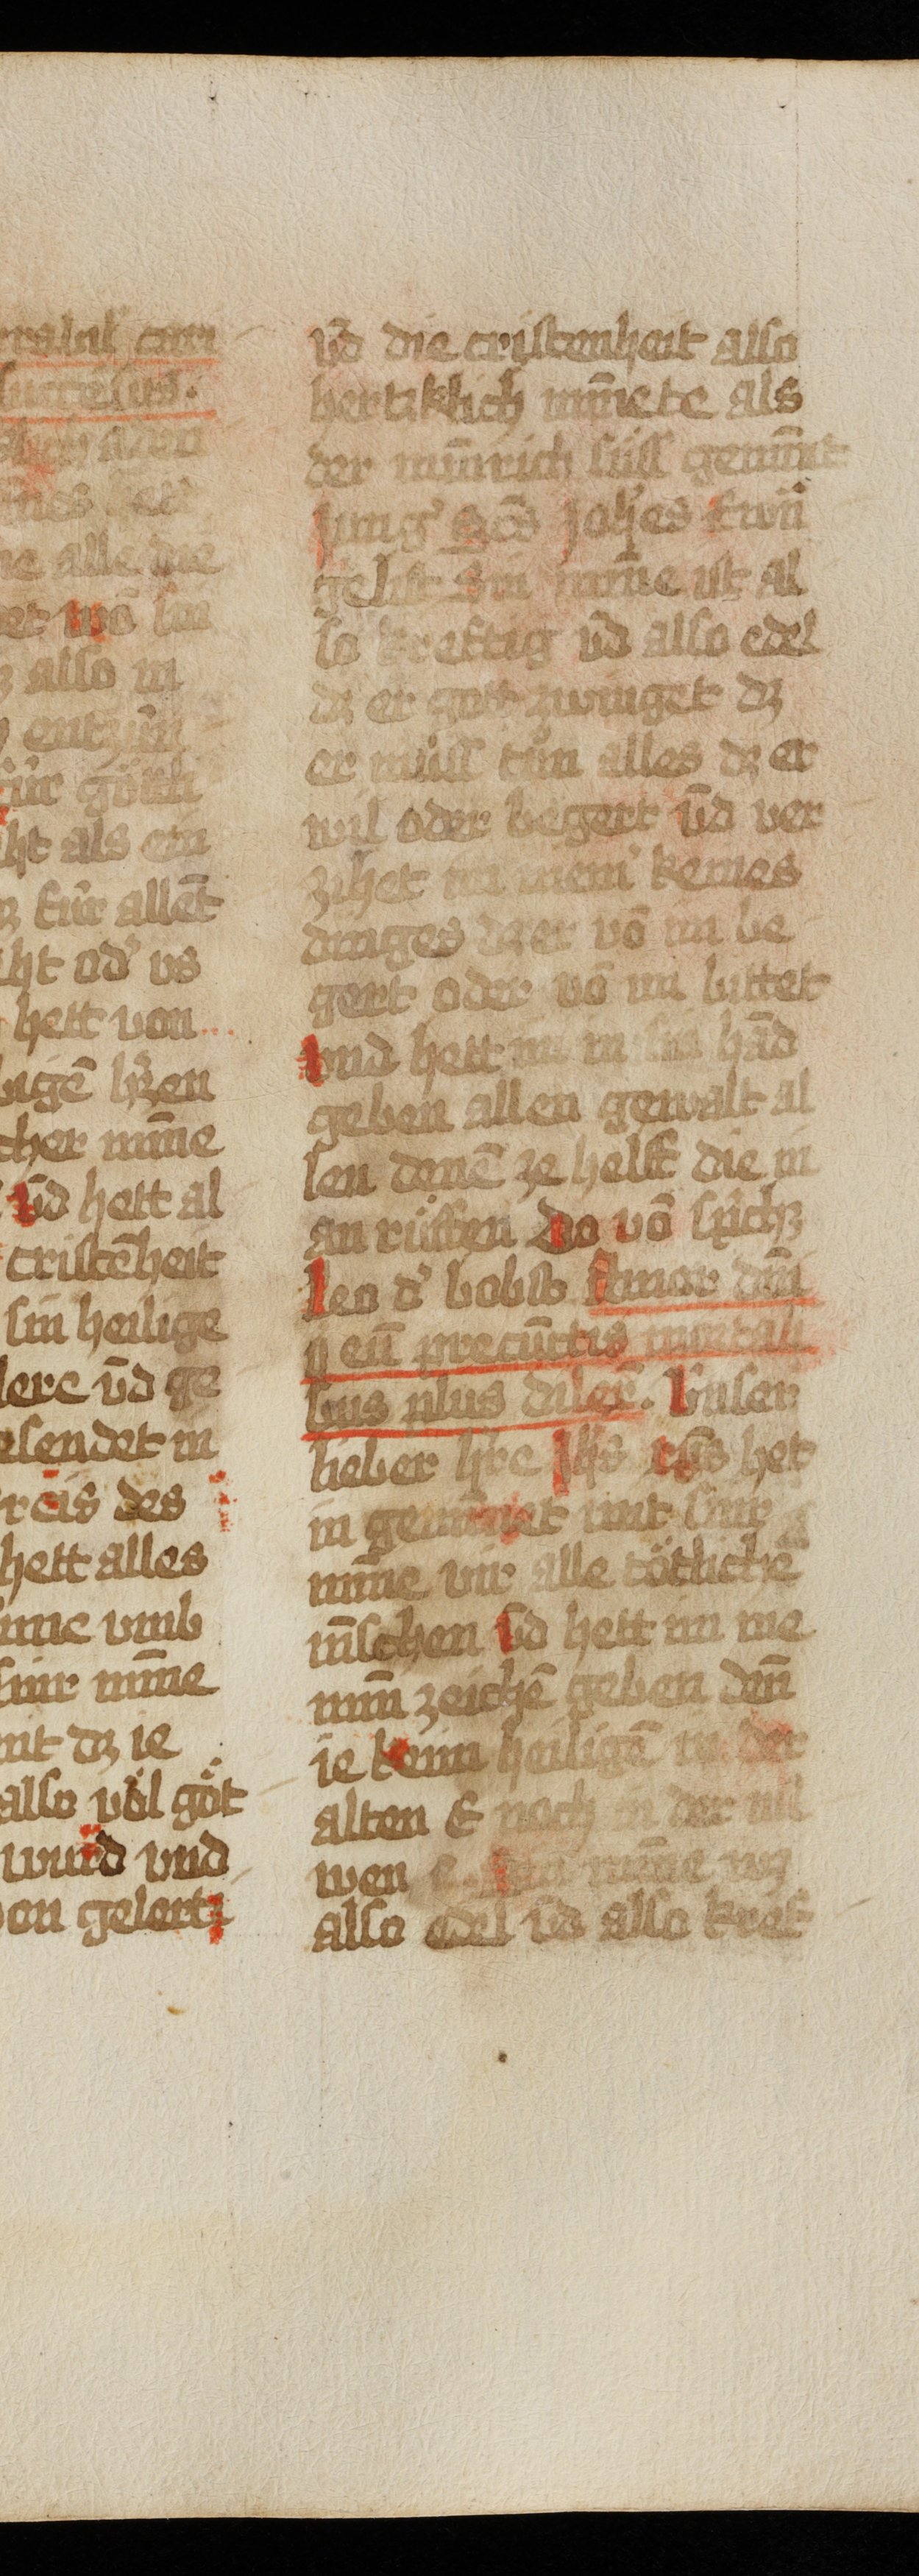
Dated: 1493–1493